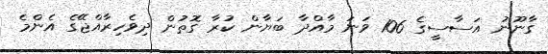
ގާނޫނު އަސާސީގެ 106 ވަނަ މާއްދާ ބަޔާން ކުރާ ގޮތުން ދިވެހިރާއްޖޭގެ އެންމެ